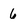
Character: 6